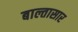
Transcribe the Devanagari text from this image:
बाल्तासार